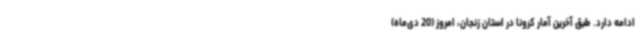
ادامه دارد. طبق آخرین آمار کرونا در استان زنجان، امروز (20 دی‌ماه)